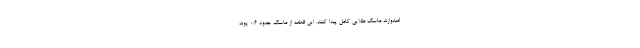
امیدوارند ماسک طلایی کامل پیدا کنند. این قطعه از ماسک حدود ۰.۶ پوند